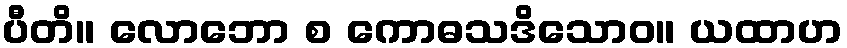
ပီတိ။ လောဘော စ ကောဓသဒိသောဝ။ ယထာဟ